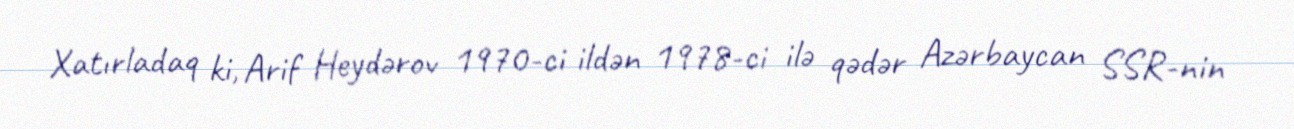
Xatırladaq ki, Arif Heydərov 1970-ci ildən 1978-ci ilə qədər Azərbaycan SSR-nin